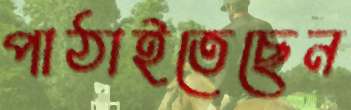
পাঠাইতেছেন